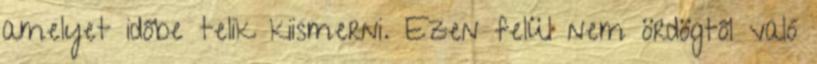
amelyet időbe telik kiismerni. Ezen felül nem ördögtől való